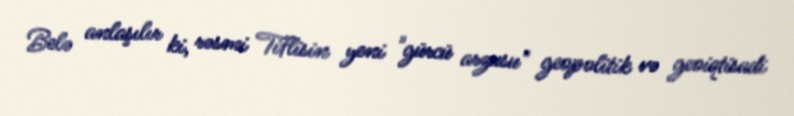
Belə anlaşılır ki, rəsmi Tiflisin yeni "gürcü arzusu" geopolitik və geoiqtisadi